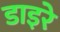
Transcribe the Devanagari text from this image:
डाइरे